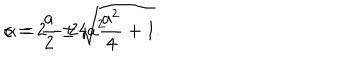
LaTeX: c = 2 - 2 4 a ^ { 2 } \hspace { 0 . 5 c m } \alpha = \frac { a } { 2 } \pm \sqrt { \frac { a ^ { 2 } } { 4 } + 1 } .